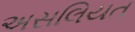
અસલિયત